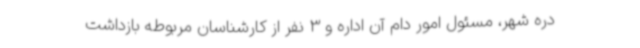
دره شهر، مسئول امور دام آن اداره و 3 نفر از کارشناسان مربوطه بازداشت